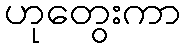
ဟုတွေးကာ